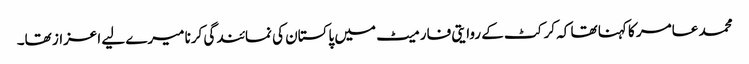
محمد عامر کا کہنا تھا کہ کرکٹ کے روایتی فارمیٹ میں پاکستان کی نمائندگی کرنا میرے لیے اعزاز تھا۔